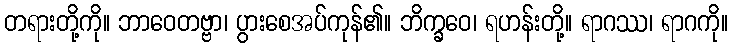
တရားတို့ကို။ ဘာဝေတဗ္ဗာ၊ ပွားစေအပ်ကုန်၏။ ဘိက္ခဝေ၊ ရဟန်းတို့။ ရာဂဿ၊ ရာဂကို။